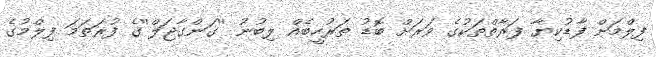
ފިލްމަށް ފާޑުކިޔާ ފަރާތްތަކުގެ ވަރަށް ބޮޑު ތަރުހީބެއް ލިބުނު ''ގަންގާޖަލް''ގެ ފުރަތަމަ ފިލްމުގެ